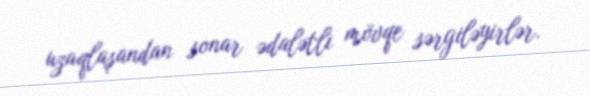
uzaqlaşandan sonar ədalətli mövqe sərgiləyirlər.